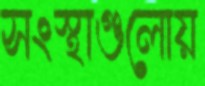
সংস্থাগুলোয়